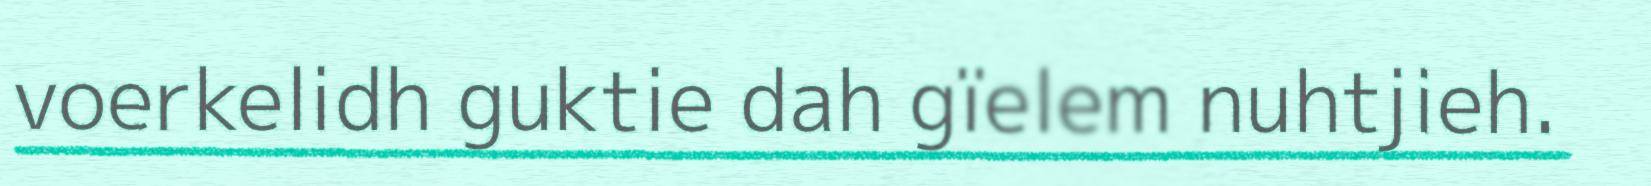
voerkelidh guktie dah gïelem nuhtjieh.